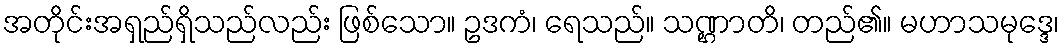
အတိုင်းအရှည်ရှိသည်လည်း ဖြစ်သော။ ဥဒကံ၊ ရေသည်။ သဏ္ဌာတိ၊ တည်၏။ မဟာသမုဒ္ဒေ၊